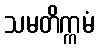
သမတိက္ကမံ